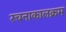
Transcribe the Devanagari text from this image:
रचनाकालक्रम